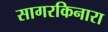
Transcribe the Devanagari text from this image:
सागरकिनारा